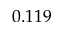
0 . 1 1 9